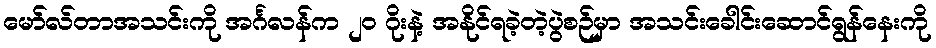
မော်လ်တာအသင်းကို အင်္ဂလန်က ၂၀ ဂိုးနဲ့ အနိုင်ရခဲ့တဲ့ပွဲစဉ်မှာ အသင်းခေါင်းဆောင်ရွန်နေးကို